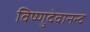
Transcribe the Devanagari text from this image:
विष्णुदेवानन्द